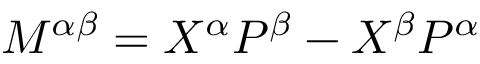
M ^ { \alpha \beta } = X ^ { \alpha } P ^ { \beta } - X ^ { \beta } P ^ { \alpha }